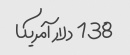
138 دلار آمریکا